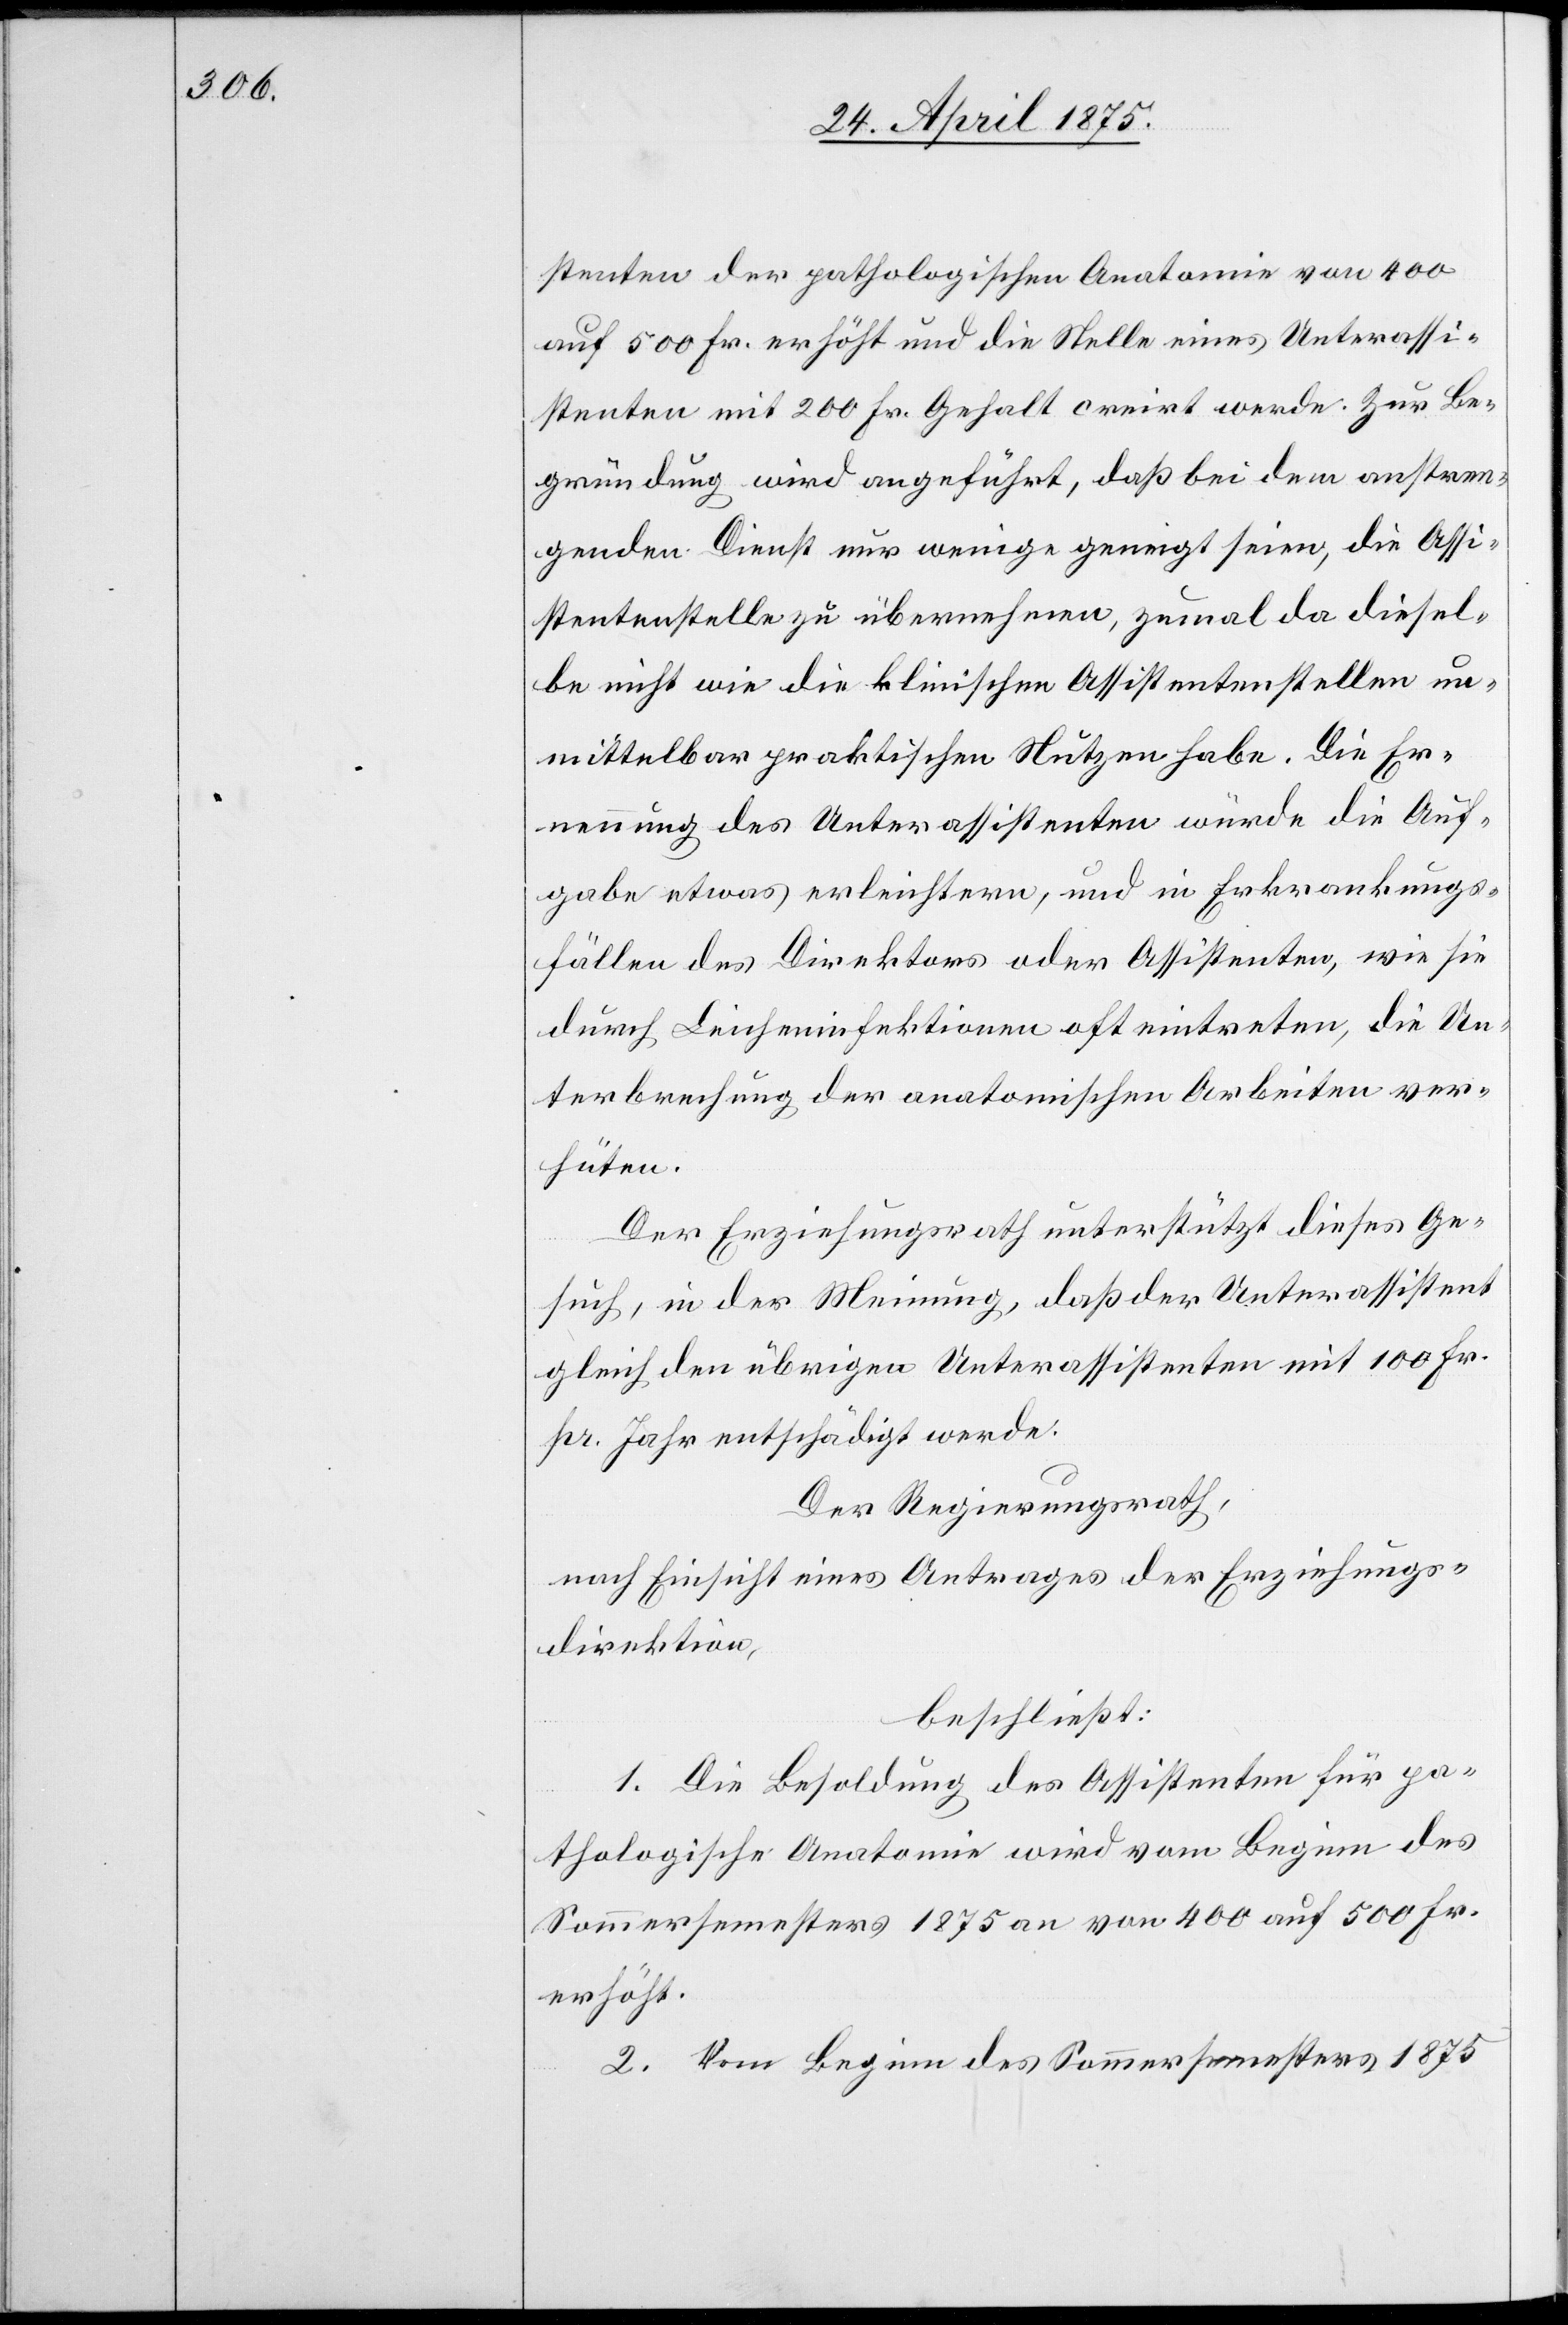
stenten der pathologischen Anatomie vom 400
auf 500 Fr. erhöht und die Stelle eines Unterassi¬
stenten mit 200 Fr. Gehalt creirt werde. Zur Be¬
gründung wird angeführt, daß bei dem anstren¬
genden Dienst nur wenige geneigt seien, die Assi¬
stentenstelle zu übernehmen, zumal da diesel¬
be nicht wie die klinischen Assistentenstellen un¬
mittelbar praktischen Nutzen habe. Die Er¬
nennung des Unterassistenten würde die Auf¬
gabe etwas erleichtern, und in Erkrankungs¬
fällen des Direktors oder Assistenten, wie sie
durch Leicheninfektionen oft eintreten, die Un¬
terbrechung der anatomischen Arbeiten ver¬
hüten.
Der Erziehungsrath unterstützt dieses Ge¬
such, in der Meinung, daß der Unterassistent
pr. Jahr entschädigt werde.
Der Regierungsrath,
nach Einsicht eines Antrages der Erziehungs¬
direktion,
beschließt:
1. Die Besoldung des Assistenten für pa¬
thologische Anatomie wird vom Beginn des
Sommersemesters 1875 an von 400 auf 500 Fr.
erhöht.
2. Vom Beginn des Sommersemesters 1875